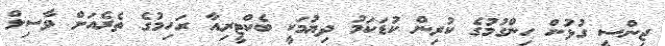
ޖިންސީ ގުޅުން ހިންގުމުގެ ކުރިން ކުޑަކަމު ދިޔުމަކީ ބެކްޓީރިއާ ރަހިމުގެ ތެރެއަށް ވާސިލް